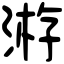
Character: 𣸯